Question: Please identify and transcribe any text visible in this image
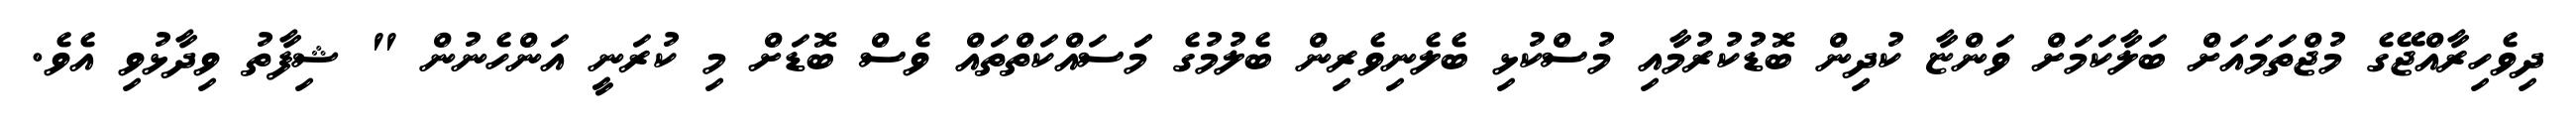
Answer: ދިވެހިރާއްޖޭގެ މުޖްތަމައަށް ބަލާކަމަށް ވަންޏާ ކުދިން ބޮޑުކުރުމާއި މުސްކުޅި ބެލެނިވެރިން ބެލުމުގެ މަަސައްކަތްތައް ވެސް ބޮޑަށް މި ކުރަނީ އަންހެނުން " ޝިފާތު ވިދާޅުވި އެވެ.